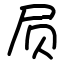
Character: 屃